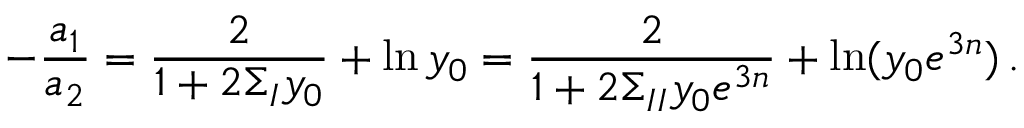
- { \frac { a _ { 1 } } { a _ { 2 } } } = { \frac { 2 } { 1 + 2 \Sigma _ { I } y _ { 0 } } } + \ln y _ { 0 } = { \frac { 2 } { 1 + 2 \Sigma _ { I I } y _ { 0 } e ^ { 3 n } } } + \ln ( y _ { 0 } e ^ { 3 n } ) \, .